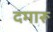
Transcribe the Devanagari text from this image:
दमारू